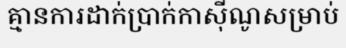
គ្មានការដាក់ប្រាក់កាស៊ីណូសម្រាប់